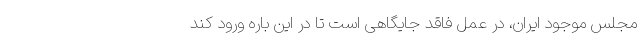
مجلس موجود ایران، در عمل فاقد جایگاهی است تا در این باره ورود کند